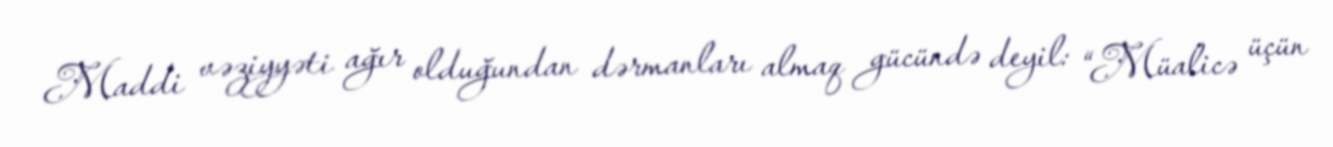
Maddi vəziyyəti ağır olduğundan dərmanları almaq gücündə deyil: “Müalicə üçün